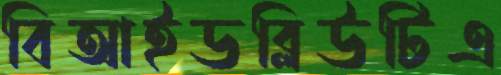
বিআইডব্লিউটিএ